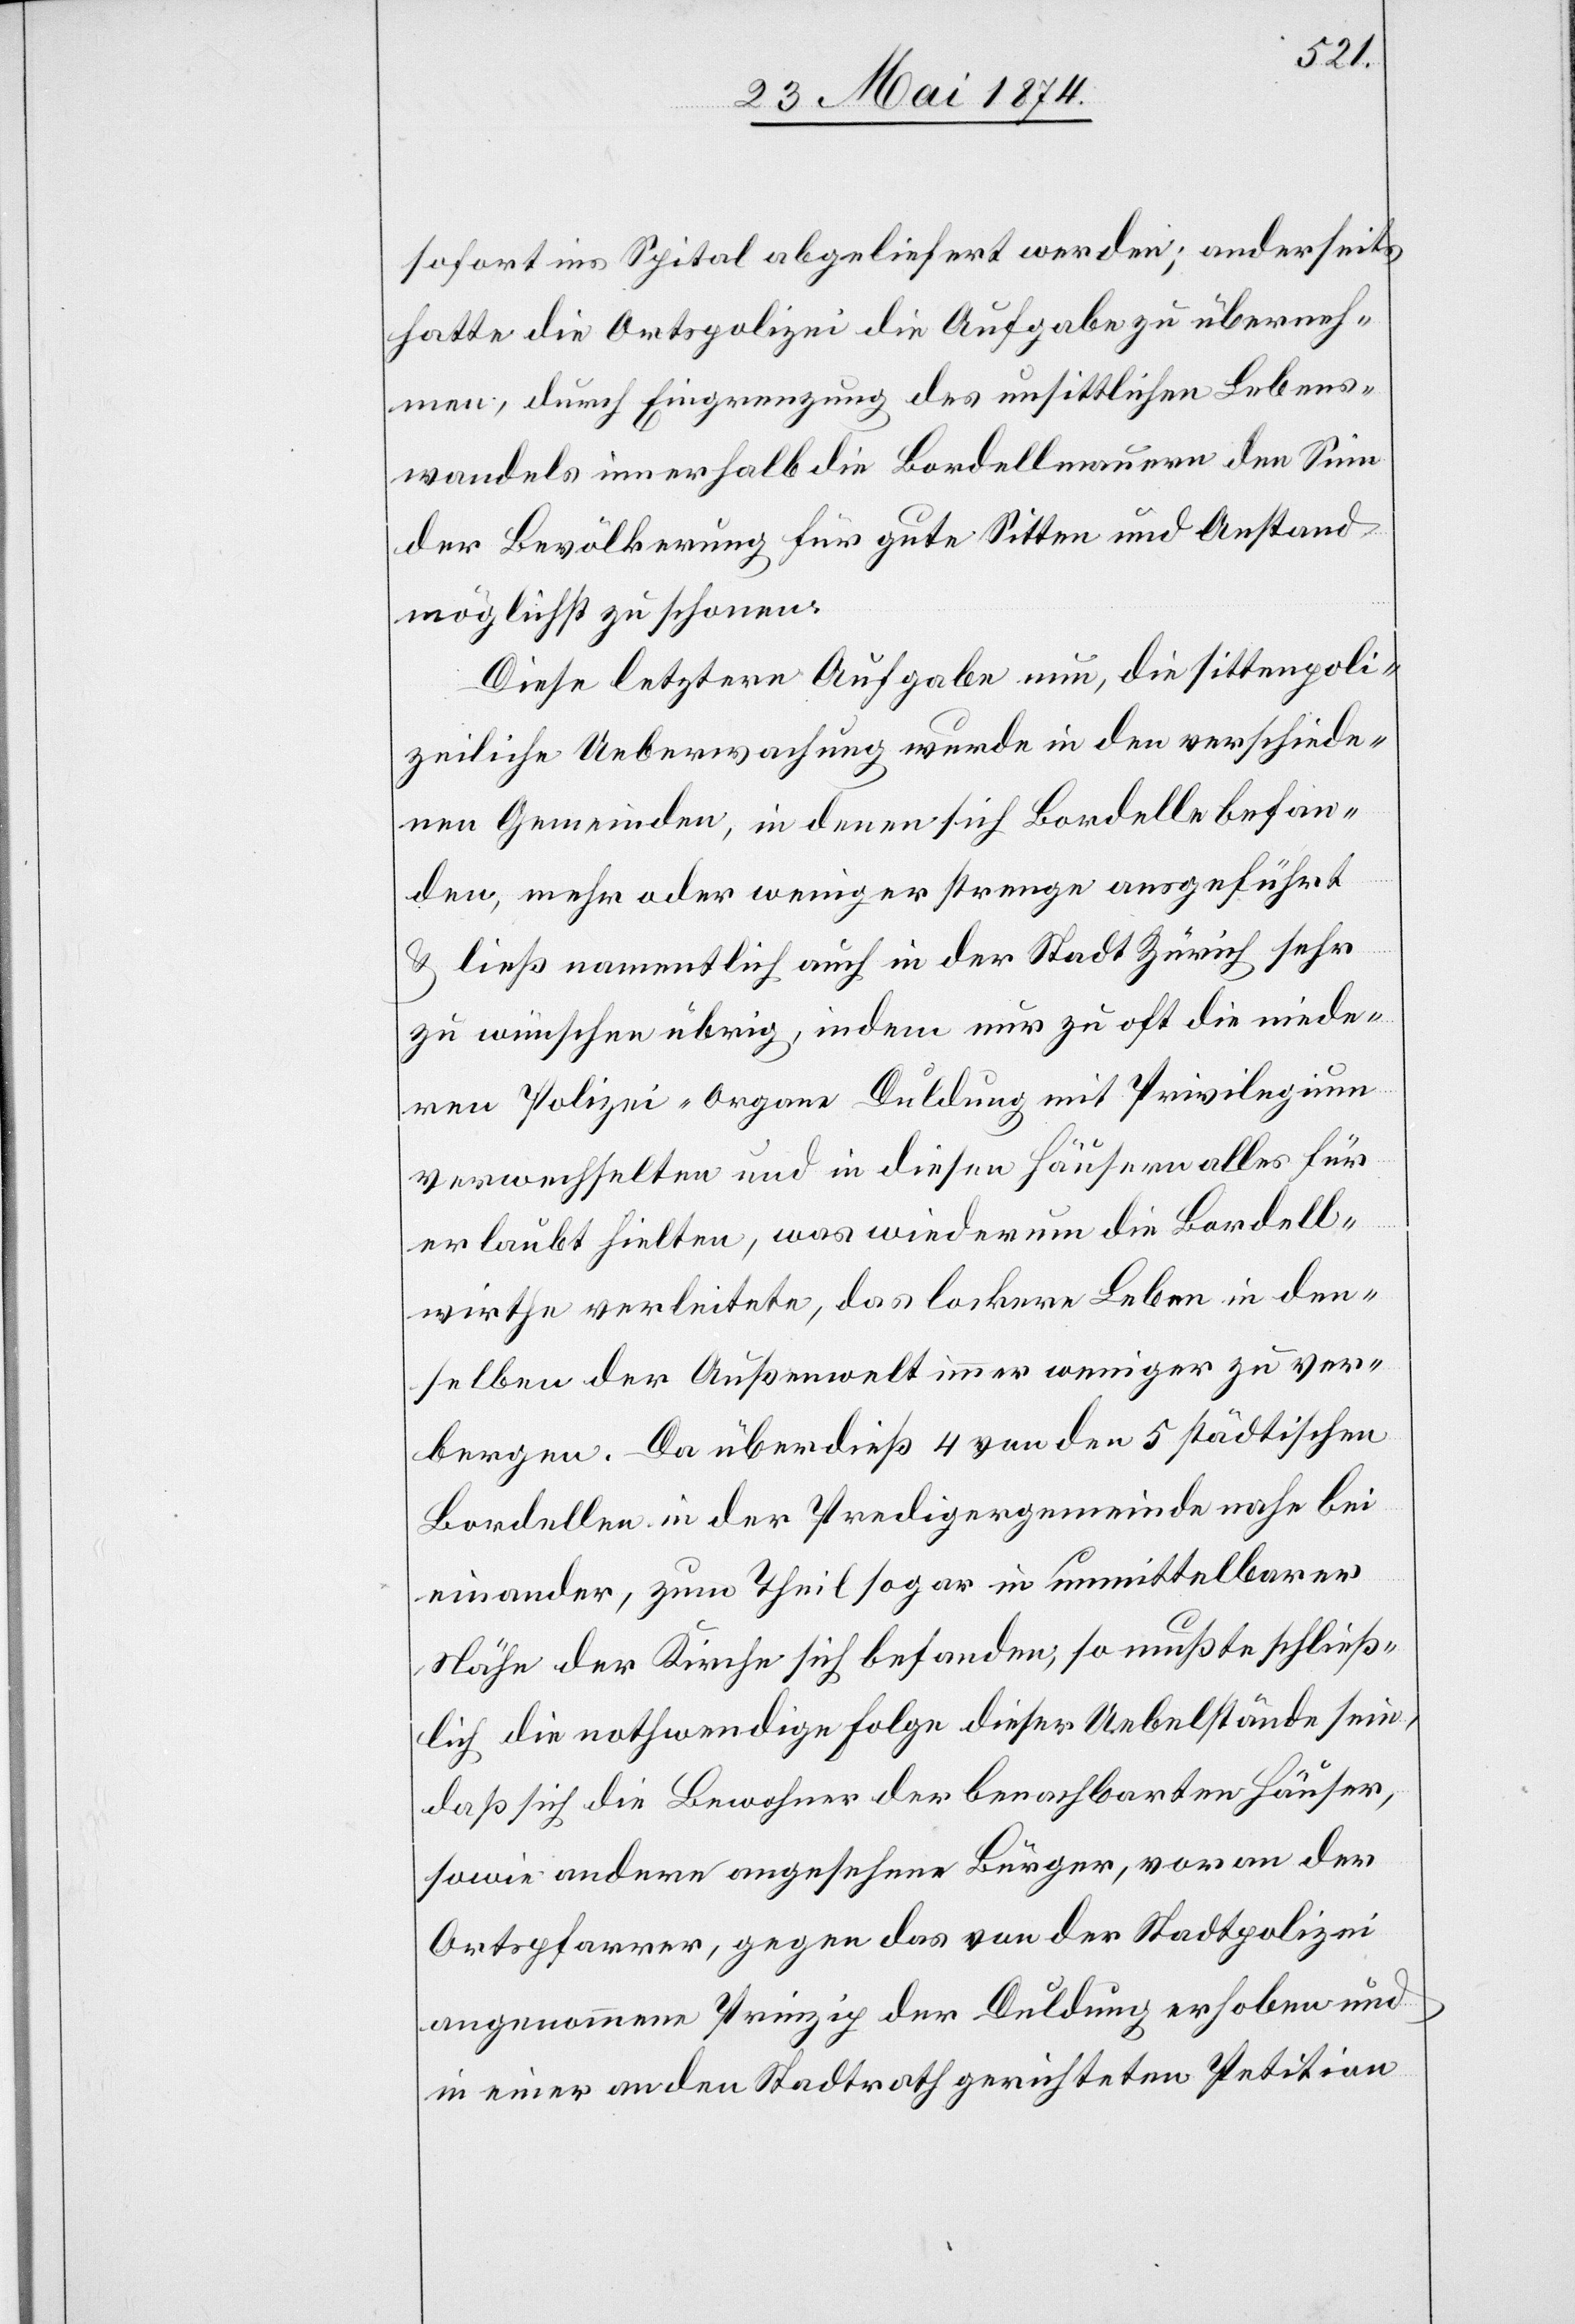
sofort ins Spital abgeliefert werden; anderseits
hatte die Ortspolizei die Aufgabe zu überneh¬
men, durch Eingrenzung des unsittlichen Lebens¬
wandels innerhalb die Bordellmauern den Sinn
der Bevölkerung für gute Sitten und Anstand
möglichst zu schonen.
Diese letztere Aufgabe nun, die sittenpoli¬
zeiliche Ueberwachung wurde in den verschiede¬
nen Gemeinden, in denen sich Bordelle befan¬
den, mehr oder weniger streng ausgeführt
u. ließ namentlich auch in der Stadt Zürich sehr
zu wünschen übrig, indem nur zu oft die niede¬
ren Polizei-Organe Duldung mit Privilegium
verwechselten und in diesen Häusern alles für
erlaubt hielten, was wiederum die Bordell¬
wirthe verleitete, das lockere Leben in dem¬
selben der Außenwelt immer weniger zu ver¬
bergen. Da überdieß 4 von den 5 städtischen
Bordellen in der Predigergemeinde nahe bei
einander, zum Theil sogar in unmittelbarer
Nähe der Kirche sich befanden, so mußte schließ¬
lich die nothwendige Folge dieser Uebelstände sein,
daß sich die Bewohner der benachbarten Häuser,
sowie andere angesehene Bürger, voran der
Ortspfarrer, gegen das von der Stadtpolizei
angenommene Prinzip der Duldung erhoben und
in einer an den Stadtrath gerichteten Petition